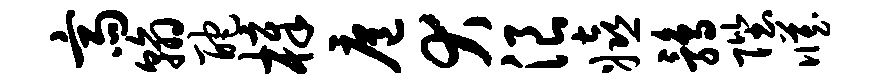
斋翰酡樟扈犬浪嬉鹑陛臧